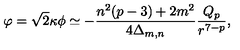
\varphi = \sqrt { 2 } \kappa \phi \simeq - \frac { n ^ { 2 } ( p - 3 ) + 2 m ^ { 2 } } { 4 \Delta _ { m , n } } \frac { Q _ { p } } { r ^ { 7 - p } } ,